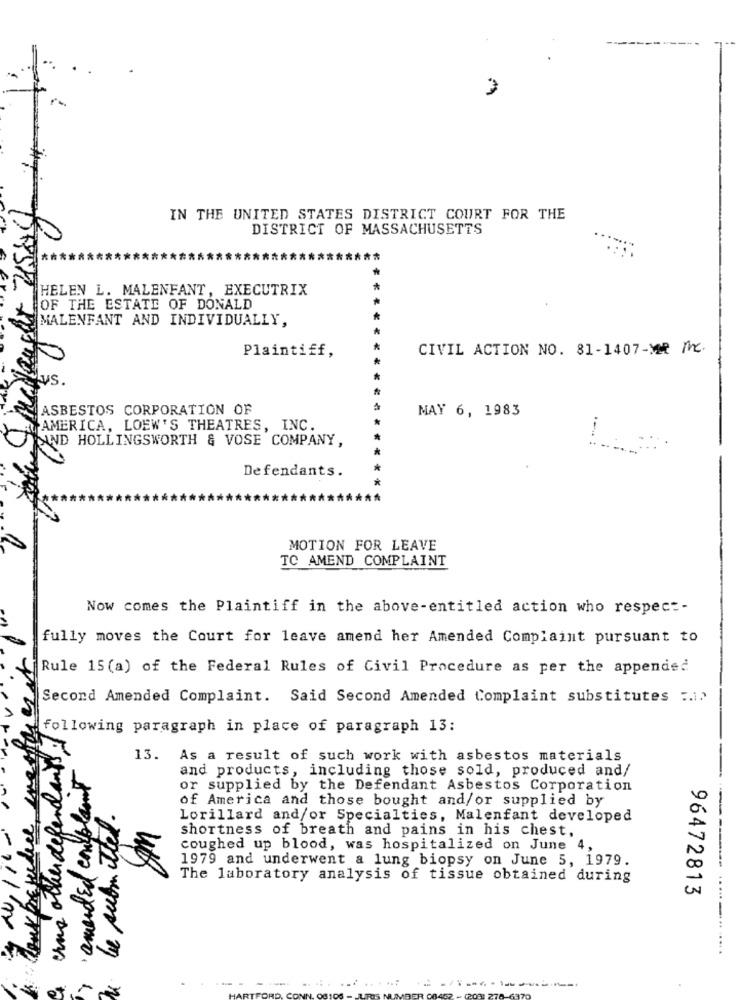
3
La J Meddaugher 2150g
IN THE UNITED STATES DISTRICT COURT FOR THE
DISTRICT OF MASSACHUSETTS
HELEN L. MALENFANT, EXECUTRIX
*
OF THE ESTATE OF DONALD
MALENFANT AND INDIVIDUALLY,
Plaintiff,
CIVIL ACTION NO. 81-1407-VR me.
VS.
ASBESTOS CORPORATION OF
MAY 6, 1983
AMERICA, LOEW'S THEATRES, INC.
SAND HOLLINGSWORTH & VOSE COMPANY,
Defendants.
MOTION FOR LEAVE
TC AMEND COMPLAINT
Now comes the Plaintiff in the above-entitled action who respect-
fully moves the Court for leave amend her Amended Complaint pursuant to
Rule 15 (a) of the Federal Rules of Civil Procedure as per the appended
Second Amended Complaint. Said Second Amended Complaint substitutes :. 1.
following paragraph in place of paragraph 13:
Una other defendants
13.
As a result of such work with asbestos materials
amended complet
and products, including those sold, produced and/
or supplied by the Defendant Asbestos Corporation
of America and those bought and/or supplied by
Taux prejudice
be submitted.
Lorillard and/or Specialties, Malenfant developed
shortness of breath and pains in his chest,
coughed up blood, was hospitalized on June 4,
1979 and underwent a lung biopsy on June 5, 1979.
The laboratory analysis of tissue obtained during
96472813
-11/mx
...